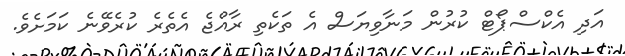
އަދި އެކްސްޕޯޓް ކުރުން މަނާވިޔަސް އެ ތަކެތި ރާއްޖެ އެތެރެ ކުރެވޭނެ ކަމަށެވެ.